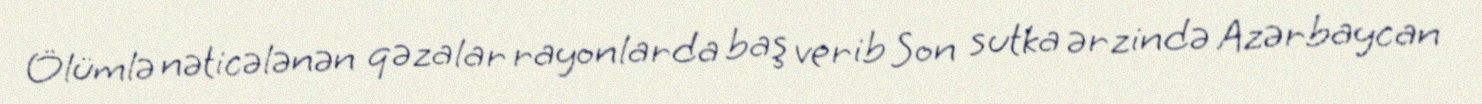
Ölümlə nəticələnən qəzalar rayonlarda baş verib Son sutka ərzində Azərbaycan